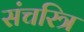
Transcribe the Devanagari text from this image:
संचरित्र